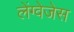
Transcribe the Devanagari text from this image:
लेंग्वेजेस